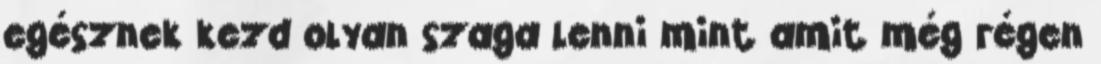
egésznek kezd olyan szaga lenni mint amit még régen